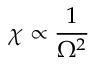
\chi \propto \frac { 1 } { \Omega ^ { 2 } }